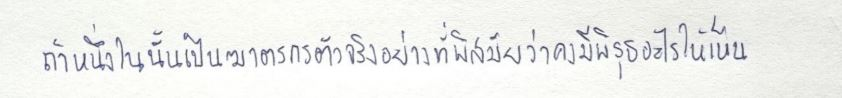
ถ้าหนึ่งในนั้นเป็นฆาตกรตัวจริงอย่างที่พิสมัยว่าคงมีพิรุธอะไรให้เห็น